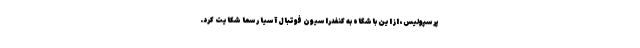
پرسپولیس، از این باشگاه به کنفدراسیون فوتبال آسیا رسما شکایت کرد.